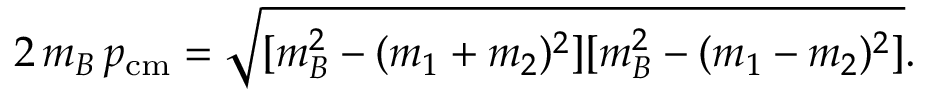
2 \, m _ { B } \, p _ { \mathrm { c m } } = \sqrt { [ m _ { B } ^ { 2 } - ( m _ { 1 } + m _ { 2 } ) ^ { 2 } ] [ m _ { B } ^ { 2 } - ( m _ { 1 } - m _ { 2 } ) ^ { 2 } ] } .